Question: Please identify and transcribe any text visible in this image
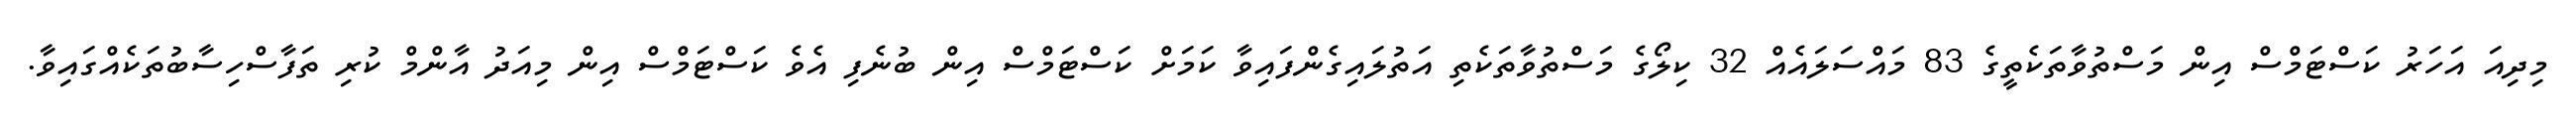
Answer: މިދިއަ އަހަރު ކަސްޓަމްސް އިން މަސްތުވާތަކެތީގެ 83 މައްސަލައެއް 32 ކިލޯގެ މަސްތުވާތަކެތި އަތުލައިގެންފައިވާ ކަމަށް ކަސްޓަމްސް އިން ބުނެފި އެވެ ކަސްޓަމްސް އިން މިއަދު އާންމް ކުރި ތަފާސްހިސާބުތަކެއްގައިވާ.